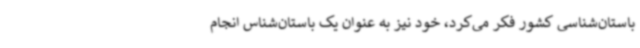
باستان‌شناسی کشور فکر می‌کرد، خود نیز به عنوان یک باستان‌شناس انجام